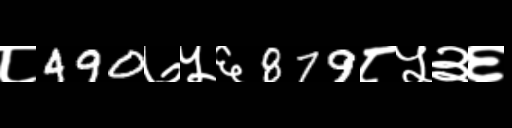
Text: ८490७५६879८५३६